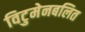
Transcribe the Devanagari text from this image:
विटुमेनबलित